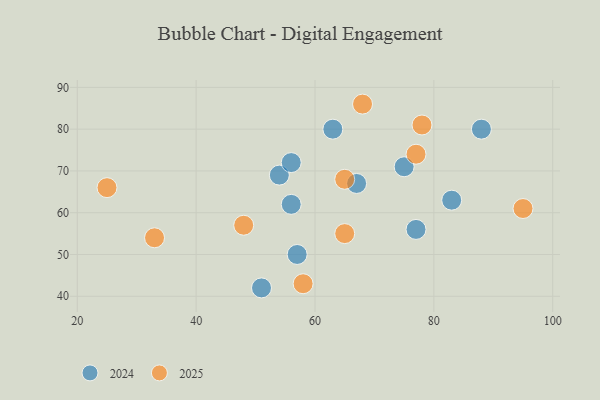
{"axis": {"x": "GDP", "y": "Life Expectancy"}, "legend": ["2024", "2025"], "data": [{"x": "65", "y": 68, "type": "2025"}, {"x": "95", "y": 61, "type": "2025"}, {"x": "25", "y": 66, "type": "2025"}, {"x": "48", "y": 57, "type": "2025"}, {"x": "33", "y": 54, "type": "2025"}, {"x": "65", "y": 55, "type": "2025"}, {"x": "77", "y": 74, "type": "2025"}, {"x": "78", "y": 81, "type": "2025"}, {"x": "58", "y": 43, "type": "2025"}, {"x": "68", "y": 86, "type": "2025"}, {"x": "75", "y": 71, "type": "2024"}, {"x": "51", "y": 42, "type": "2024"}, {"x": "54", "y": 69, "type": "2024"}, {"x": "56", "y": 62, "type": "2024"}, {"x": "83", "y": 63, "type": "2024"}, {"x": "57", "y": 50, "type": "2024"}, {"x": "63", "y": 80, "type": "2024"}, {"x": "77", "y": 56, "type": "2024"}, {"x": "88", "y": 80, "type": "2024"}, {"x": "56", "y": 72, "type": "2024"}, {"x": "67", "y": 67, "type": "2024"}]}